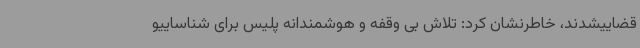
قضاییشدند، خاطرنشان کرد: تلاش بی وقفه و هوشمندانه پلیس برای شناساییو